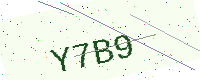
Text: Y7B9